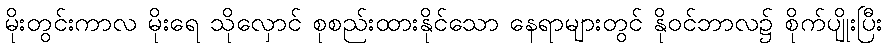
မိုးတွင်းကာလ မိုးရေ သိုလှောင် စုစည်းထားနိုင်သော နေရာများတွင် နိုဝင်ဘာလ၌ စိုက်ပျိုးပြီး